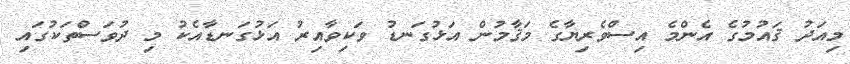
މިއަދު ޤައުމުގެ އެންމެ އިސްވެރިޔާގެ މަޤާމުން އަޅުގަނޑު ވަކިވާއިރު އަޅުގަނޑާއެކު މި ދުވަސްތަކުގައި